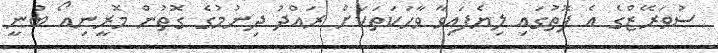
ސުވަރޭޒްގެ އެ ފޮތުގައި ލިޔެފައިވާ ވާހަކަތަކަށް ރައްދު ދިނުމުގެ ގޮތުން މޮރީނިއޯ ބުނީ